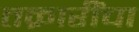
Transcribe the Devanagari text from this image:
तक्रारींचा